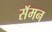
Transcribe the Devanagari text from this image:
सॅमन